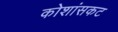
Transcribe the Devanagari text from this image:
कोशांसकट